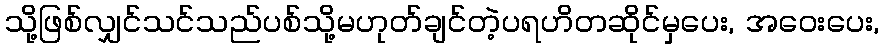
သို့ဖြစ်လျှင်သင်သည်ပစ်သို့မဟုတ်ချင်တဲ့ပရဟိတဆိုင်မှပေး, အဝေးပေး,